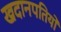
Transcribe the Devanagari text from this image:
खदानपतियों